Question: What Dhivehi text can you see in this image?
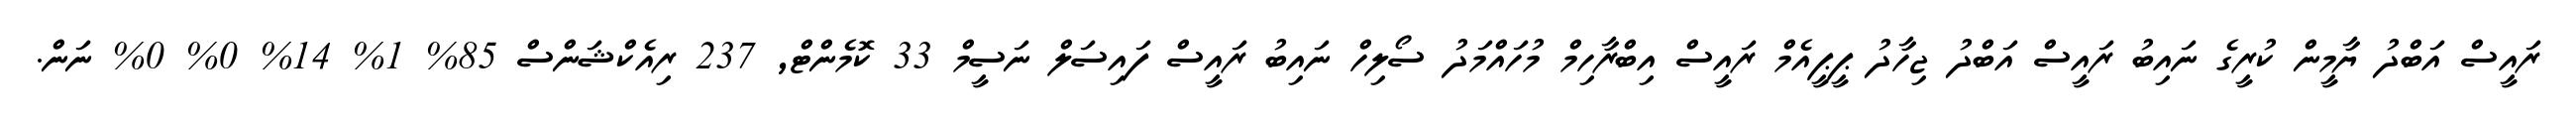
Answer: ރައީސް އަބްދު ޔާމީން ކުރީގެ ނައިބު ރައީސް އަބްދު ޖިހާދު ޕީޕީއެމް ރައީސް އިބްރާހިމް މުހައްމަދު ސޯލިހް ނައިބު ރައީސް ފައިސަލް ނަސީމް 33 ކޮމެންޓް, 237 ރިއެކްޝަންސް 85% 1% 14% 0% 0% ނަން.